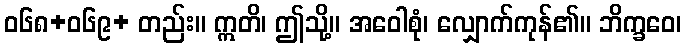
ဝ၆၈+၀၆၉+ တည်း။ ဣတိ၊ ဤသို့။ အဝေါစုံ၊ လျှောက်ကုန်၏။ ဘိက္ခဝေ၊